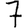
Digit: 7